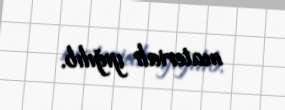
materialı yığılıb.